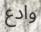
وادع